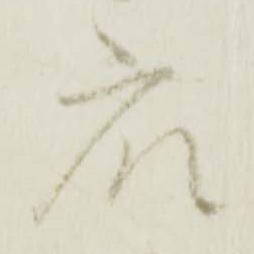
衆